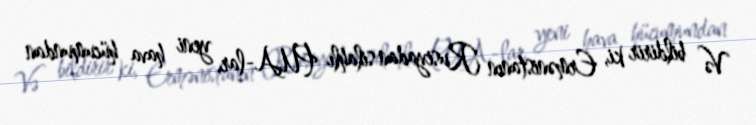
Və bildirir ki, Ermənistanın Rusiyadan silahlı PUA-lar, yeni hava hücumundan